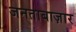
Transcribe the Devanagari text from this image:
जनताबाज़ार